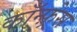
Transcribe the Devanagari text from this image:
कॉन्फ़्रेस